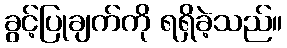
ခွင့်ပြုချက်ကို ရရှိခဲ့သည်။